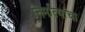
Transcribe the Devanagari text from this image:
निर्मात्यांचा